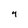
Character: 4